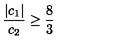
\frac { | c _ { 1 } | } { c _ { 2 } } \geq \frac { 8 } { 3 }